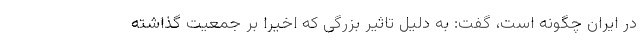
در ایران چگونه است، گفت: به دلیل تاثیر بزرگی که اخیرا بر جمعیت گذاشته